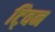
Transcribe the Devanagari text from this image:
टि्वन